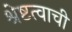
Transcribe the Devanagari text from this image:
श्रेष्टत्वाची